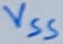
Text: VSS